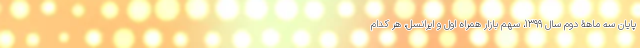
پایان سه ماهۀ دوم سال 1399، سهم بازار همراه اول و ایرانسل، هر کدام